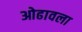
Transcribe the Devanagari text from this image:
ओढावला